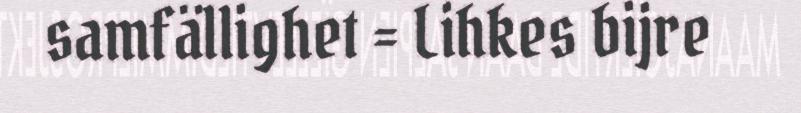
samfällighet = Lihkes bijre